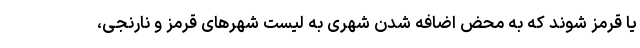
یا قرمز شوند که به محض اضافه شدن شهری به لیست شهرهای قرمز و نارنجی،